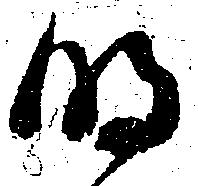
明